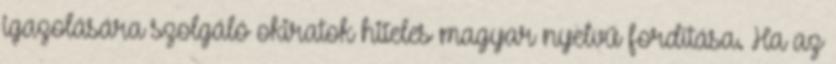
igazolására szolgáló okiratok hiteles magyar nyelvű fordítása. Ha az